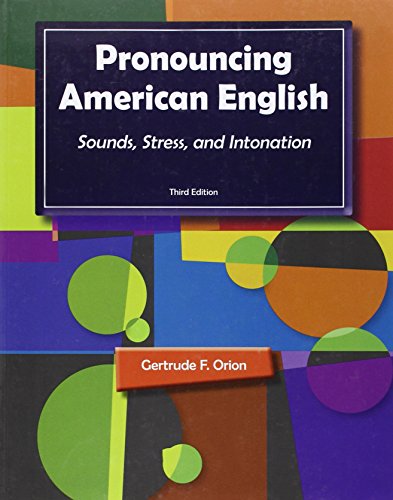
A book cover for Pronouncing American English: Sounds, Stress, and Intonation; Gertrude F. Orion; Reference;